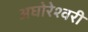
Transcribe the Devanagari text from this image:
अघोरेश्वरी